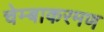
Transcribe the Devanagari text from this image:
चेम्बाकरमण